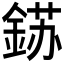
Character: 𮢈